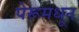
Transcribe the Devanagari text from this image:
पेरूमधून